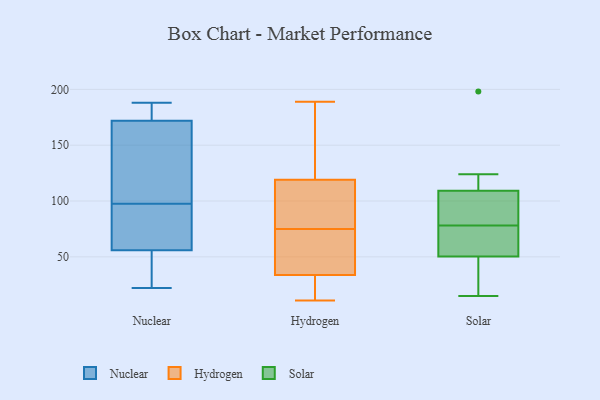
{"axis": {"x": "Population (Million)", "y": "Value"}, "legend": ["Hydrogen", "Nuclear", "Solar"], "data": [{"x": "", "y": 172, "type": "Nuclear"}, {"x": "", "y": 25, "type": "Nuclear"}, {"x": "", "y": 65, "type": "Nuclear"}, {"x": "", "y": 111, "type": "Nuclear"}, {"x": "", "y": 188, "type": "Nuclear"}, {"x": "", "y": 33, "type": "Nuclear"}, {"x": "", "y": 144, "type": "Nuclear"}, {"x": "", "y": 84, "type": "Nuclear"}, {"x": "", "y": 173, "type": "Nuclear"}, {"x": "", "y": 22, "type": "Nuclear"}, {"x": "", "y": 80, "type": "Nuclear"}, {"x": "", "y": 116, "type": "Nuclear"}, {"x": "", "y": 183, "type": "Nuclear"}, {"x": "", "y": 56, "type": "Nuclear"}, {"x": "", "y": 75, "type": "Hydrogen"}, {"x": "", "y": 113, "type": "Hydrogen"}, {"x": "", "y": 101, "type": "Hydrogen"}, {"x": "", "y": 147, "type": "Hydrogen"}, {"x": "", "y": 65, "type": "Hydrogen"}, {"x": "", "y": 82, "type": "Hydrogen"}, {"x": "", "y": 189, "type": "Hydrogen"}, {"x": "", "y": 33, "type": "Hydrogen"}, {"x": "", "y": 48, "type": "Hydrogen"}, {"x": "", "y": 121, "type": "Hydrogen"}, {"x": "", "y": 17, "type": "Hydrogen"}, {"x": "", "y": 11, "type": "Hydrogen"}, {"x": "", "y": 20, "type": "Hydrogen"}, {"x": "", "y": 185, "type": "Hydrogen"}, {"x": "", "y": 36, "type": "Hydrogen"}, {"x": "", "y": 20, "type": "Solar"}, {"x": "", "y": 110, "type": "Solar"}, {"x": "", "y": 94, "type": "Solar"}, {"x": "", "y": 54, "type": "Solar"}, {"x": "", "y": 44, "type": "Solar"}, {"x": "", "y": 49, "type": "Solar"}, {"x": "", "y": 104, "type": "Solar"}, {"x": "", "y": 59, "type": "Solar"}, {"x": "", "y": 21, "type": "Solar"}, {"x": "", "y": 15, "type": "Solar"}, {"x": "", "y": 107, "type": "Solar"}, {"x": "", "y": 73, "type": "Solar"}, {"x": "", "y": 114, "type": "Solar"}, {"x": "", "y": 198, "type": "Solar"}, {"x": "", "y": 124, "type": "Solar"}, {"x": "", "y": 112, "type": "Solar"}, {"x": "", "y": 86, "type": "Solar"}, {"x": "", "y": 78, "type": "Solar"}, {"x": "", "y": 59, "type": "Solar"}]}